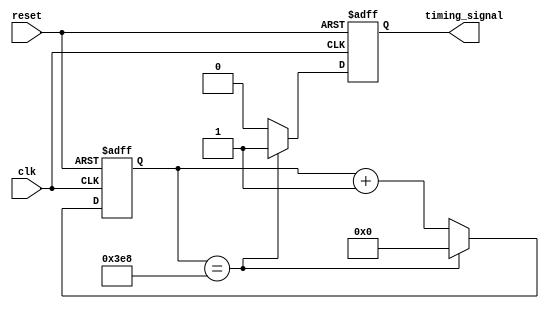
module Interval_Timer(
    input wire clk,
    input wire reset,
    output reg timing_signal
);

reg [15:0] counter;
reg [15:0] predefined_interval = 1000; // Assuming a predefined interval of 1000 clocks

always @(posedge clk or posedge reset) begin
    if (reset) begin
        counter <= 0;
        timing_signal <= 0;
    end else begin
        counter <= counter + 1;
        if (counter == predefined_interval) begin
            timing_signal <= 1;
            counter <= 0;
        end else begin
            timing_signal <= 0;
        end
    end
end

endmodule